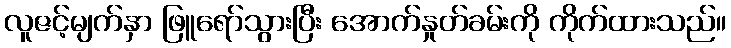
လူဇင့်မျက်နှာ ဖြူရော်သွားပြီး အောက်နှုတ်ခမ်းကို ကိုက်ထားသည်။